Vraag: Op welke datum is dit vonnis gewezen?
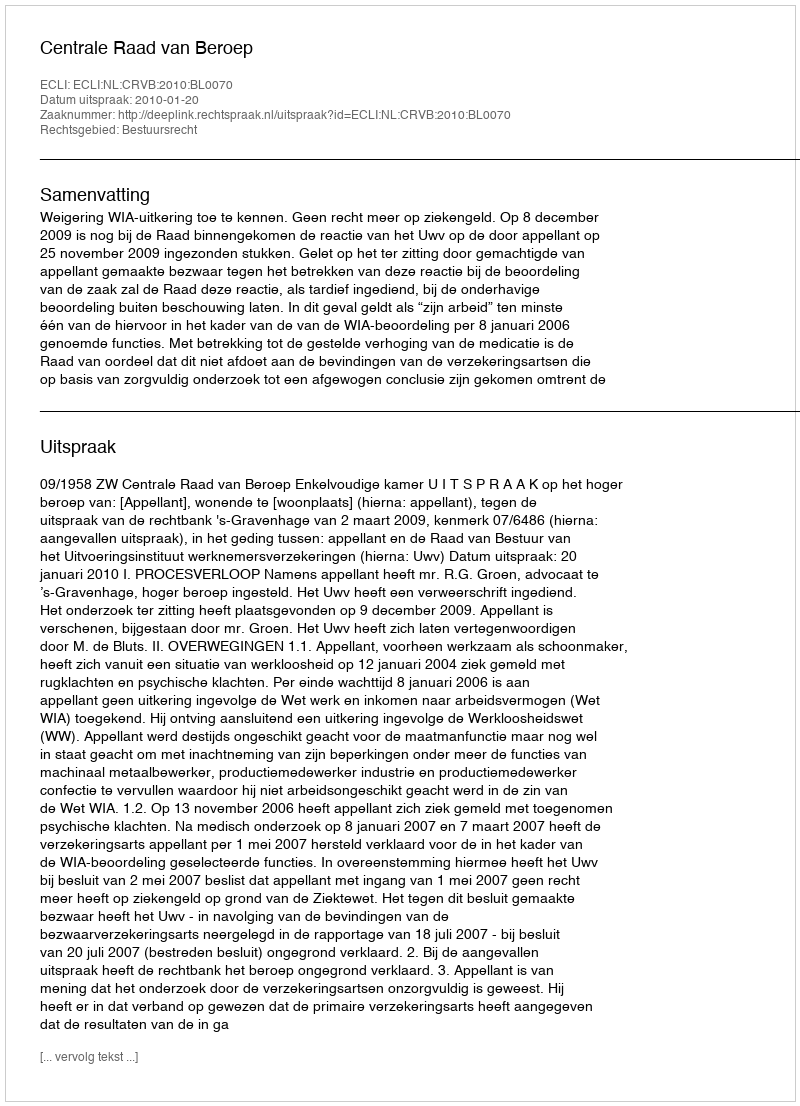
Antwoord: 2010-01-20